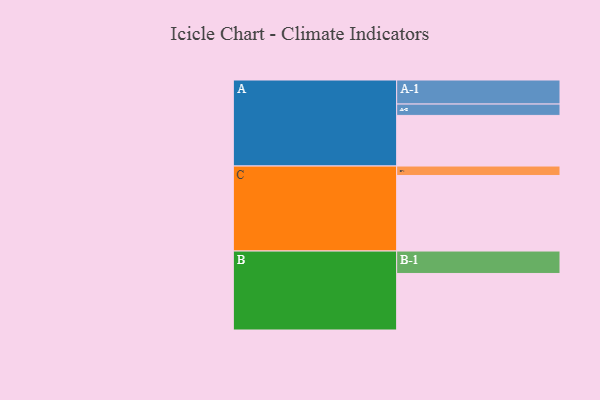
{"axis": {"x": "Segment", "y": "Value"}, "legend": ["", "A", "B", "C"], "data": [{"x": "A", "y": 343, "type": ""}, {"x": "B", "y": 383, "type": ""}, {"x": "C", "y": 512, "type": ""}, {"x": "A-1", "y": 163, "type": "A"}, {"x": "A-2", "y": 77, "type": "A"}, {"x": "B-1", "y": 152, "type": "B"}, {"x": "C-1", "y": 64, "type": "C"}]}